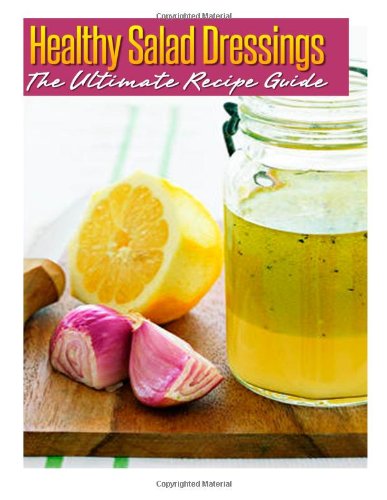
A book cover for Healthy Salad Dressings: The Ultimate Recipe Guide: Over 30 Natural & Homemade Recipes; Jackson Crawford; Cookbooks, Food & Wine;